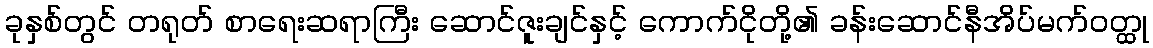
ခုနှစ်တွင် တရုတ် စာရေးဆရာကြီး ဆောင်ဇူးချင်နှင့် ကောက်ငိုတို့၏ ခန်းဆောင်နီအိပ်မက်ဝတ္ထု